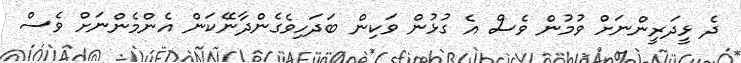
ދެ ޅީދަރީންނަށް ވުމުން ވެސް އެ ގުޅުން ވަކިން ބަދަހިވެގެންދާނޭކަން އެންމެންނަށް ވެސް